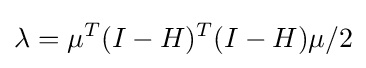
\lambda =\mu ^{T}(I-H)^{T}(I-H)\mu /2